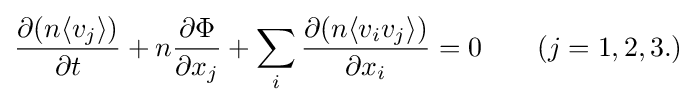
{\frac {\partial (n\langle {v_{j}}\rangle )}{\partial t}}+n{\frac {\partial \Phi }{\partial x_{j}}}+\sum _{i}{\frac {\partial (n\langle {v_{i}v_{j}}\rangle )}{\partial x_{i}}}=0\qquad (j=1,2,3.)